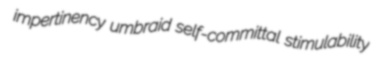
impertinency umbraid self-committal stimulability